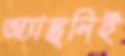
অ্যান্থনিই